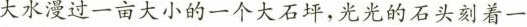
大水漫过一亩大小的一个大石坪,光光的石头刻着一